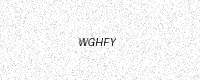
Text: WGHFY